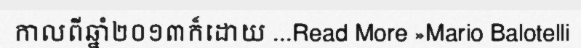
កាលពីឆ្នាំ២០១៣ក៏ដោយ ...Read More »Mario Balotelli